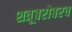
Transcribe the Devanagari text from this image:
शत्रूबरोबरच